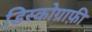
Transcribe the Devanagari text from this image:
डिस्कोग्राफ़ी